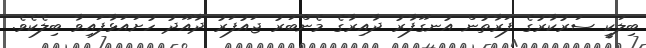
ބިލަކީ ސަރުކާރުގެ ފަރާތުން އުނގޫފާރު ދާއިރާގެ މެންބަރު ޖައުފަރު ދާއޫދު ހުށައަޅާފައިވާ ބިލެކެވެ.